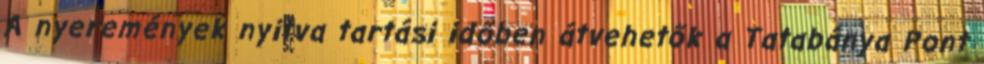
A nyeremények nyitva tartási időben átvehetők a Tatabánya Pont